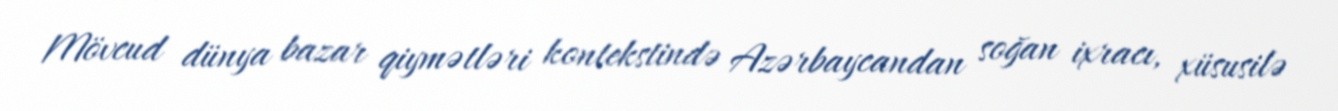
Mövcud dünya bazar qiymətləri kontekstində Azərbaycandan soğan ixracı, xüsusilə